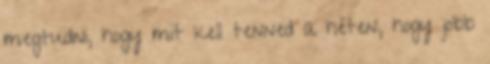
megtudni, hogy mit kell tenned a héten, hogy jobb